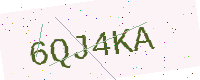
Text: 6QJ4KA